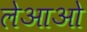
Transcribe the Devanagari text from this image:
लेआओ